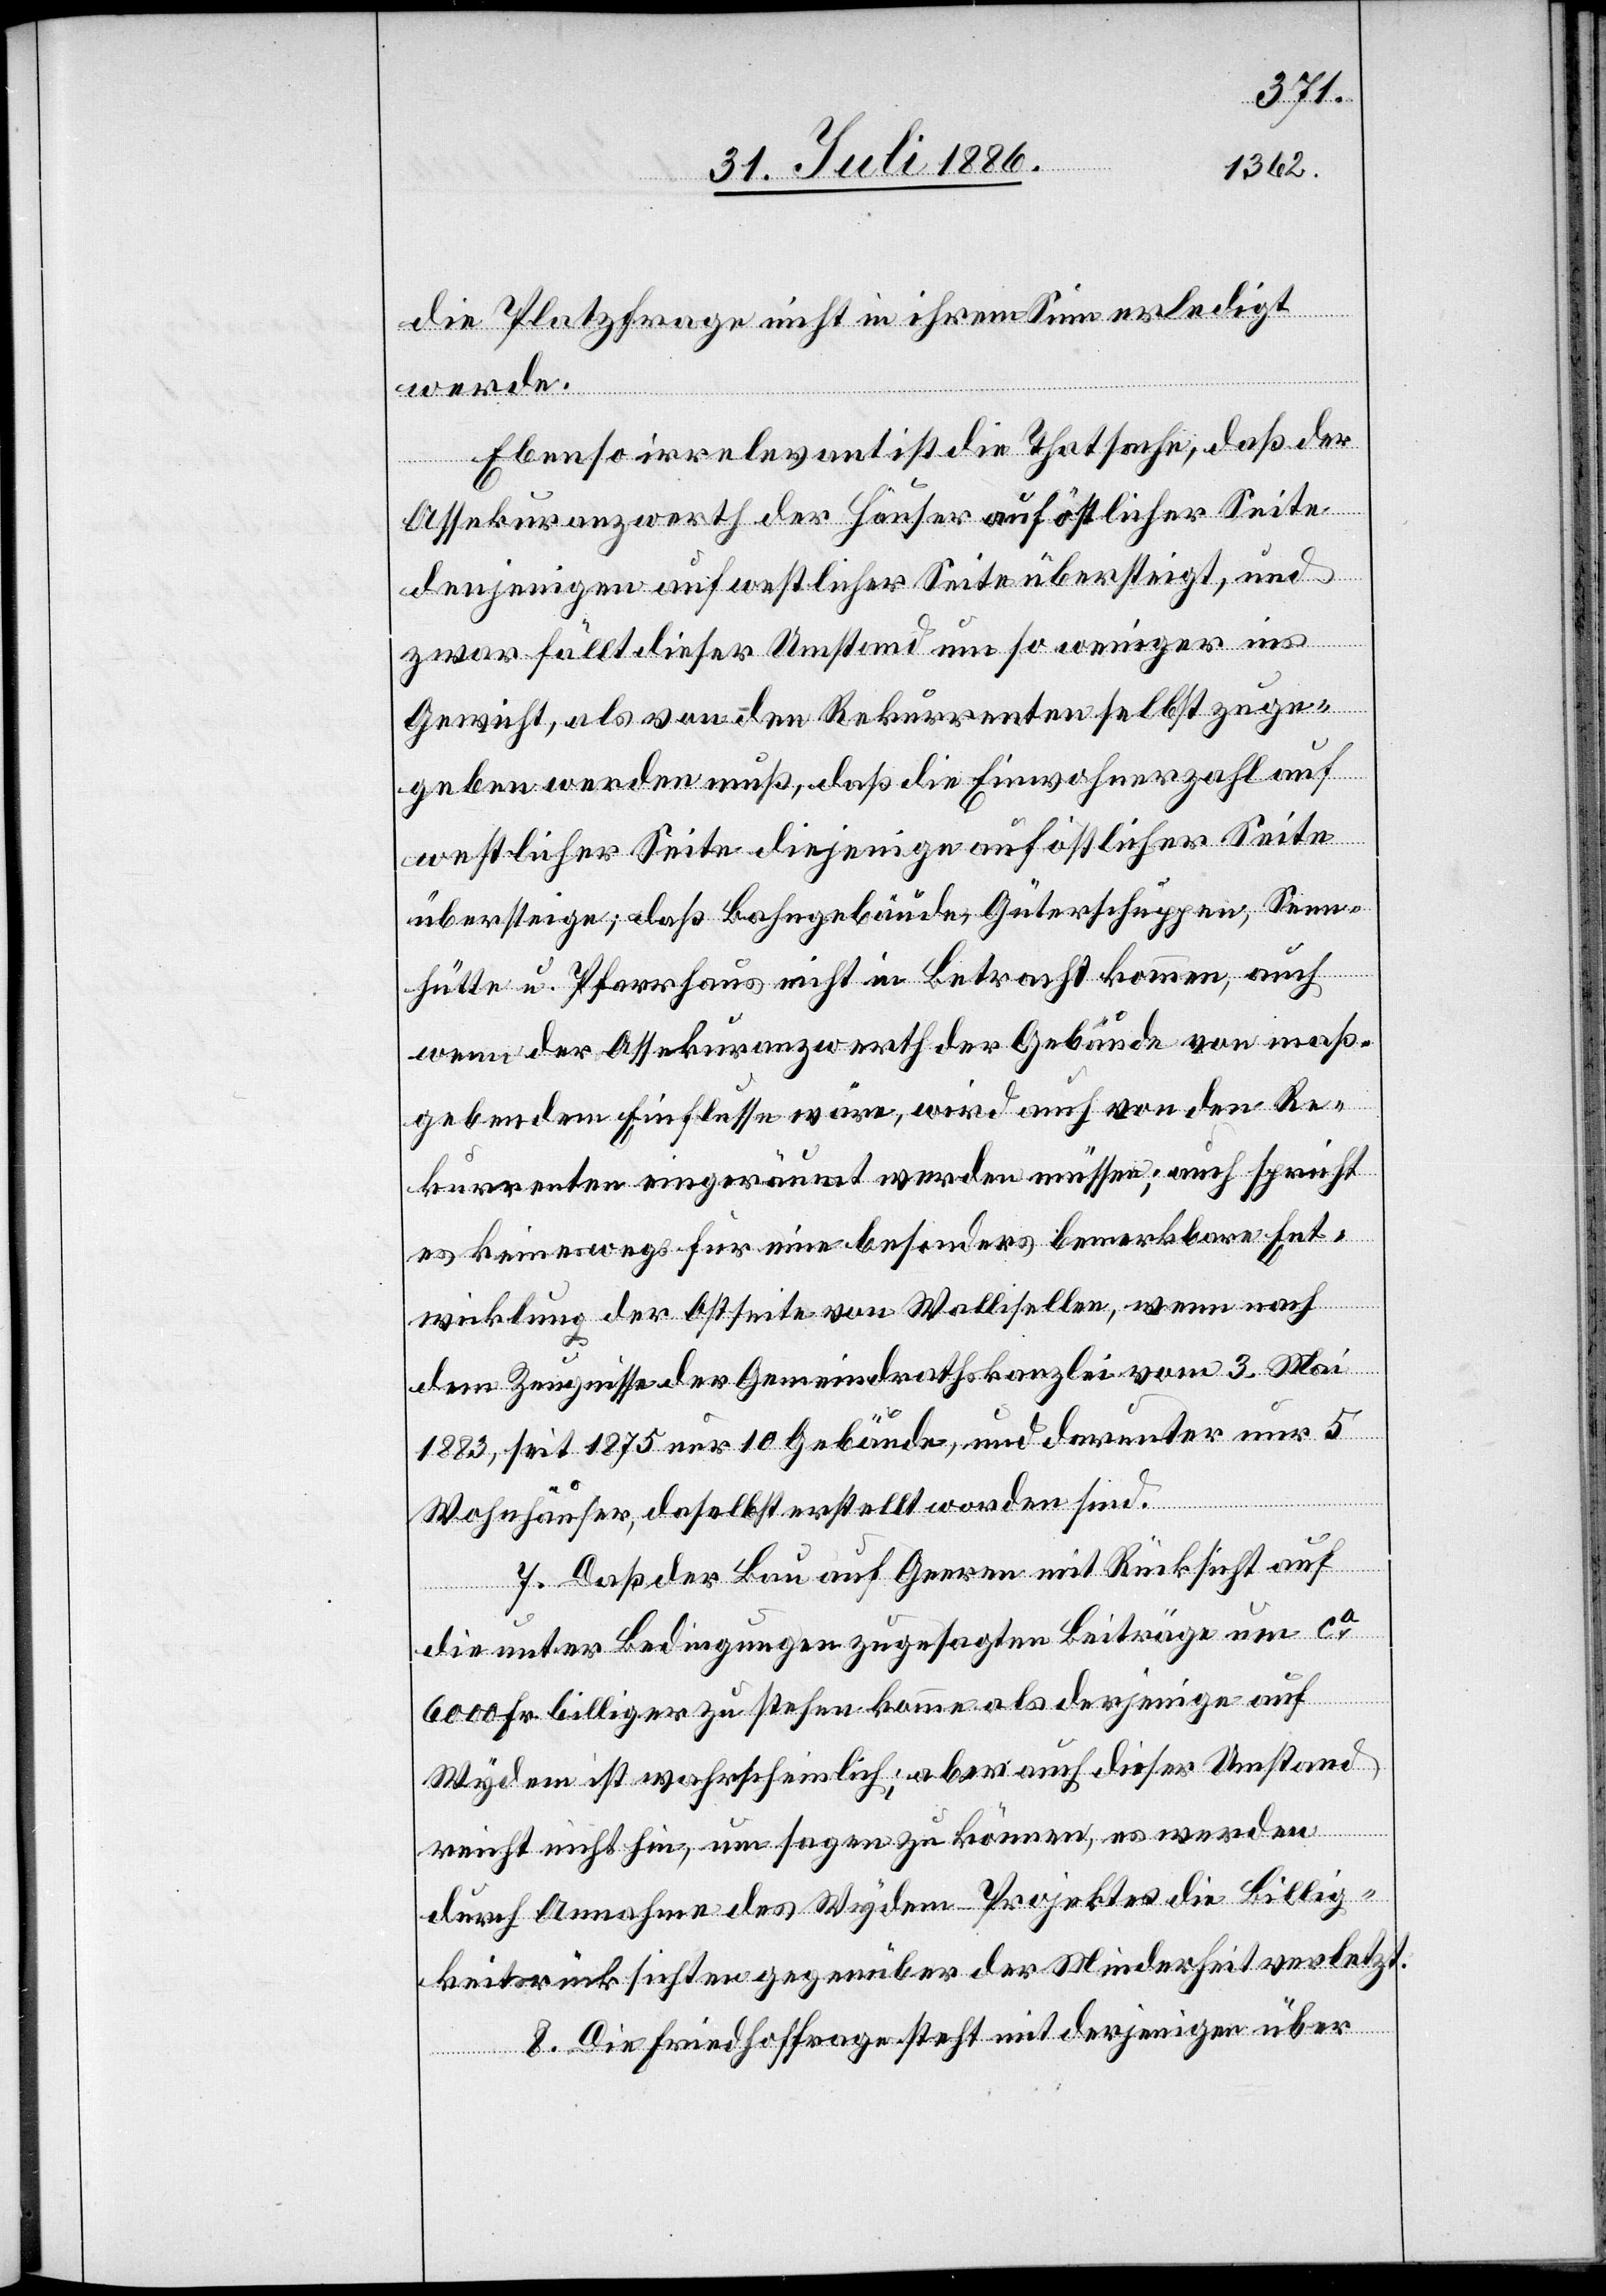
die Platzfrage nicht in ihrem Sinn erledigt
werde.
Ebenso irrelevant ist die Thatsache, daß der
Assekuranzwerth der Häuser auf östlicher Seite
denjenigen auf westlicher Seite übersteigt, und
zwar fällt dieser Umstand um so weniger ins
Gewicht, als von den Rekurrenten selbst zuge¬
geben werden muß, daß die Einwohnerzahl auf
westlicher Seite diejenige auf östlicher Seite
übersteige; daß Bahngebäude, Güterschuppen, Senn¬
hütte u. Pfarrhaus nicht in Betracht kommen, auch
wenn der Assekuranzwerth der Gebäude von maß¬
gebendem Einflusse wäre, wird auch von den Re¬
kurrenten eingeräumt werden müssen; auch spricht
es keineswegs für eine besonders bemerkbare Ent¬
wicklung der Ostseite von Wallisellen, wenn nach
dem Zeugnisse der Gemeindrathskanzlei vom 3. Mai
1883, seit 1875 nur 10 Gebäude, und darunter nur 5
Wohnhäuser, daselbst erstellt worden sind.
7. Daß der Bau auf Geeren mit Rücksicht auf
die unter Bedingungen zugesagten Beiträge um ca
6000 Fr. billiger zu stehen komme als derjenige auf
Wydem ist wahrscheinlich; aber auch dieser Umstand
reicht nicht hin, um sagen zu können, es werden
durch Annahme des Wydem-Projektes die Billig¬
keitsrücksichten gegenüber der Minderheit verletzt.
8. Die Friedhoffrage steht mit derjenigen über